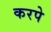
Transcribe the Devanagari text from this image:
करपे